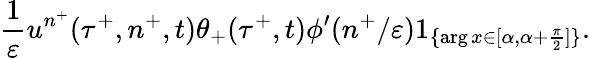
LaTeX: \frac{1}{\varepsilon}u^{n^{+}}(\tau^{+},n^{+},t)\theta_{+}(\tau^{+},t)\phi^{\prime}(n^{+}/\varepsilon)1_{\{ \arg x\in[\alpha,\alpha+\frac{\pi}{2}]\} }.